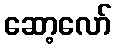
ဆော့လော်